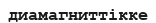
диамагниттікке